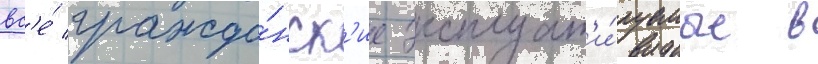
вс'е́ гражда́нск'ие эксплуат'и́руемые в